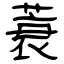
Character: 蓑